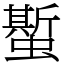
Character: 蟴